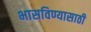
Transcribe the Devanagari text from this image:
भासविण्यासाठी